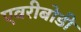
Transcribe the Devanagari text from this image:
एवरीबोडी